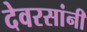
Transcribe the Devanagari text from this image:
देवरसांनी